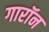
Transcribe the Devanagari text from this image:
गारॉन